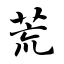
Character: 荒